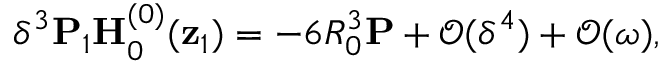
\delta ^ { 3 } \mathbf { P } _ { 1 } \mathbf { H } _ { 0 } ^ { ( 0 ) } ( \mathbf { z } _ { 1 } ) = - 6 R _ { 0 } ^ { 3 } \mathbf { P } + \mathcal { O } ( \delta ^ { 4 } ) + \mathcal { O } ( \omega ) ,